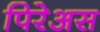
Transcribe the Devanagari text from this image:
पिरेअस